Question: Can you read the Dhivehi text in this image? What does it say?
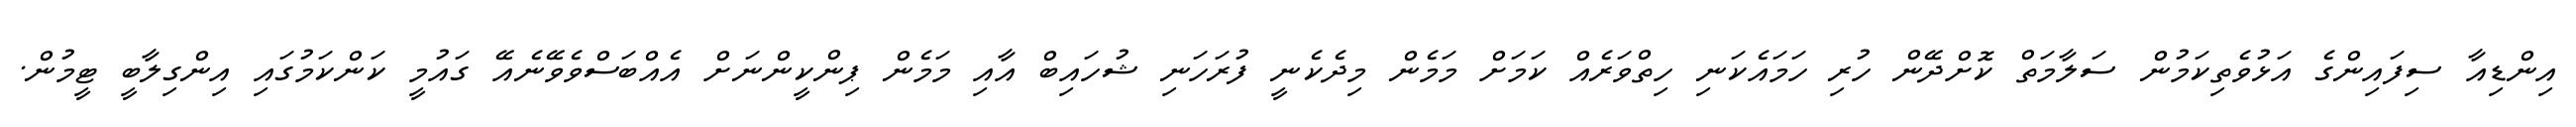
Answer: އިންޑިއާ ސިފައިންގެ އަޅުވެތިކަމުން ސަލާމަތް ކޮށްދޭން ހުރި ހަމައެކަނި ހިތްވަރެއް ކަމަށް މަމެން މިދެކެނީ ފުރަހަނި ޝުހައިބް އާއި މަމެން ޕިންކީންނަށް އެއްބަސްވެވޭނެއޭ ގައުމީ ކަންކަމުގައި އިންގިލާބީ ޓީމުން.